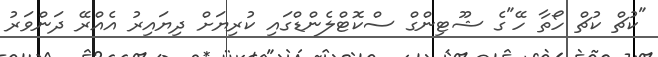
"ކުޗް ކުޗް ހޯތާ ހޭ"ގެ ޝޫޓިންގް ސްކޮޓްލެންޑްގައި ކުރިޔަށް ދިޔައިރު އެއްރޭ ދަންވަރު